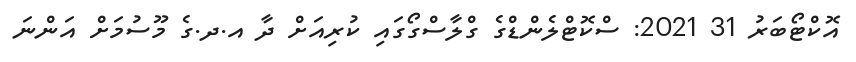
އޮކްޓޯބަރު 31 2021: ސްކޮޓްލެންޑްގެ ގްލާސްގޯގައި ކުރިއަށް ދާ އ.ދ.ގެ މޫސުމަށް އަންނަ